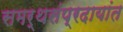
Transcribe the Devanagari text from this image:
समर्थसंप्रदायांत